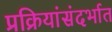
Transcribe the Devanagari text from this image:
प्रक्रियांसंदर्भात